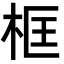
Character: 框